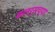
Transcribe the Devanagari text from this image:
कलर्सच्या